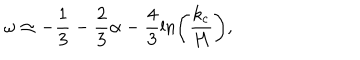
\omega \simeq - \frac { 1 } { 3 } - \frac { 2 } { 3 } \alpha - \frac { 4 } { 3 } \ln \left( \frac { k _ { \mathrm { c } } } { H } \right) ,